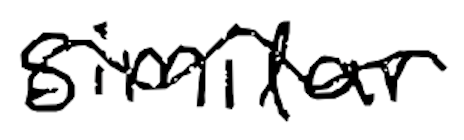
Text: similar
Cross-out: wave
Writing tool: digital_black